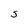
Character: S